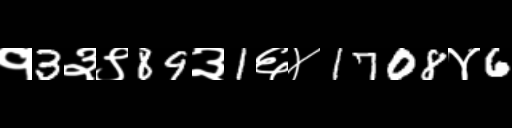
Text: १3३९89३1६४1708४6